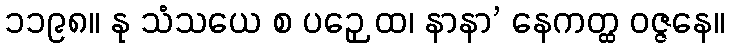
၁၁၉၈။ နု သံသယေ စ ပဉှေ ထ၊ နာနာ’ နေကတ္ထ ဝဇ္ဇနေ။